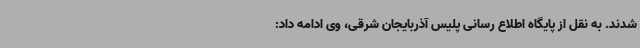
شدند. به نقل از پایگاه اطلاع رسانی پلیس آذربایجان شرقی، وی ادامه داد: